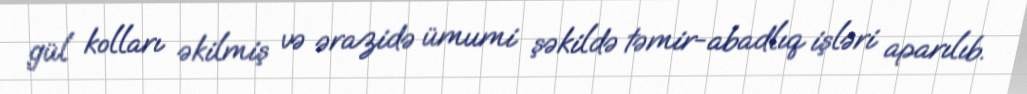
gül kolları əkilmiş və ərazidə ümumi şəkildə təmir-abadlıq işləri aparılıb.